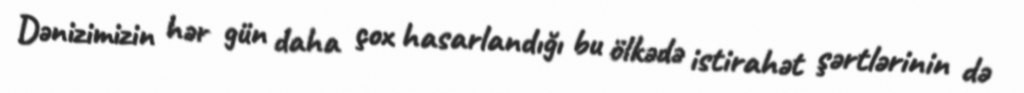
Dənizimizin hər gün daha çox hasarlandığı bu ölkədə istirahət şərtlərinin də